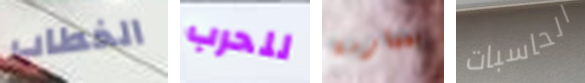
الخطاب للحرب بممارسة الحاسبات